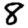
Digit: 8